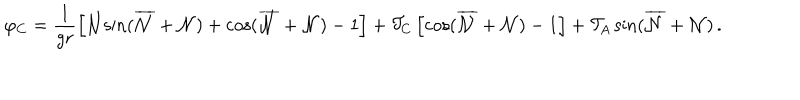
LaTeX: \varphi _ { C } = \frac { 1 } { g r } \left[ { \cal { N } } { \sin } ( \overline { { { \cal { N } } } } + { \cal { N } } ) + { \cos } ( \overline { { { \cal { N } } } } + { \cal { N } } ) - 1 \right] + { \cal T } _ { C } \left[ { \cos } ( \overline { { { \cal { N } } } } + { \cal { N } } ) - 1 \right] + { \cal T } _ { A } \, { \sin } ( \overline { { { \cal { N } } } } + { \cal { N } } ) \, .